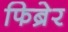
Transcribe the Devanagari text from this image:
फिब्रेर